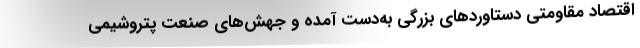
اقتصاد مقاومتی دستاوردهای بزرگی به‌دست آمده و جهش‌های صنعت پتروشیمی